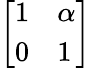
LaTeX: \left[\begin{array}{ll}{1}&{\alpha}\\ {0}&{1}\end{array}\right]